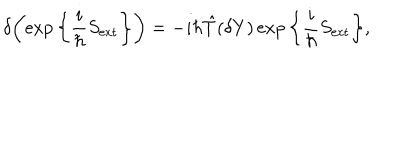
\delta \bigg ( \! \exp \bigg \{ \frac { i } { \hbar } S _ { \mathrm { e x t } } \bigg \} \bigg ) = - i \hbar \hat { T } ( \delta Y ) \exp \bigg \{ \frac { i } { \hbar } S _ { \mathrm { e x t } } \bigg \} ,